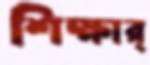
শিক্ষার্